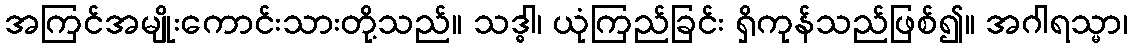
အကြင်အမျိုးကောင်းသားတို့သည်။ သဒ္ဓါ၊ ယုံကြည်ခြင်း ရှိကုန်သည်ဖြစ်၍။ အဂါရသ္မာ၊